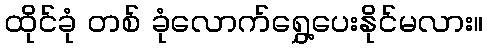
ထိုင်ခုံ တစ် ခုံလောက်ရွှေ့ပေးနိုင်မလား။